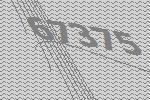
67375